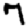
Digit: 7